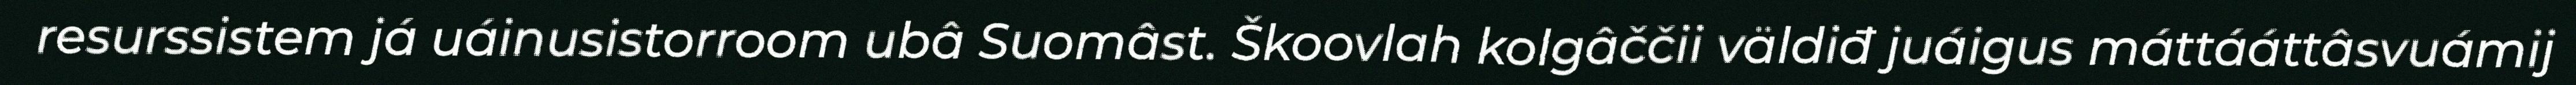
resurssistem já uáinusistorroom ubâ Suomâst. Škoovlah kolgâččii väldiđ juáigus máttááttâsvuámij